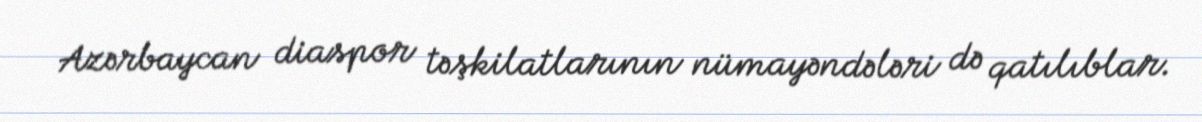
Azərbaycan diaspor təşkilatlarının nümayəndələri də qatılıblar.